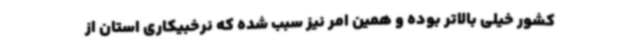
کشور خیلی بالاتر بوده و همین امر نیز سبب شده که نرخبیکاری استان از